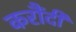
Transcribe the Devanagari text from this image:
करौंदी